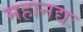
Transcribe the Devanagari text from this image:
महानद्यः